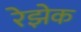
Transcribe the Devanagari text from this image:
रेझेक